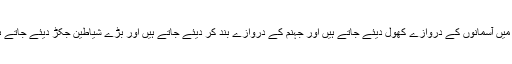
اس میں آسمانوں کے دروازے کھول دیئے جاتے ہیں اور جہنم کے دروازے بند کر دیئے جاتے ہیں اور بڑے شیاطین جکڑ دیئے جاتے ہیں۔